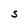
Character: S